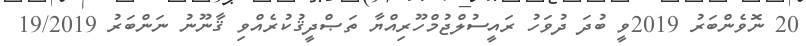
20 ނޮވެންބަރު 2019ވީ ބުދަ ދުވަހު ރައީސުލްޖުމްހޫރިއްޔާ ތަޞްދީޤުކުރެއްވި ޤާނޫނު ނަންބަރު 19/2019